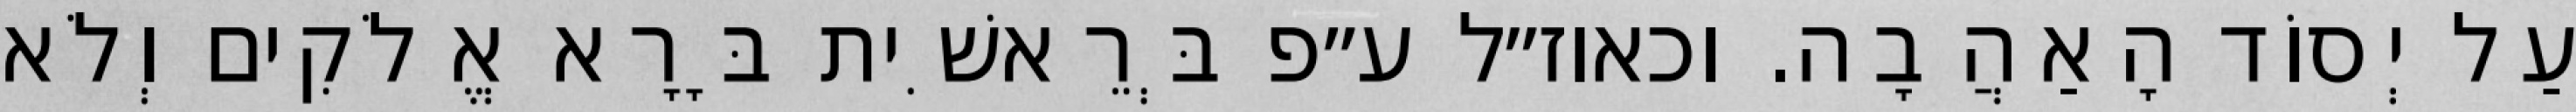
עַל יְסוֹד הָאַהֲבָה. וכאוז״ל ע״פ בְּרֵאשִׁית בָּרָא אֱלֹקִים וְלֹא